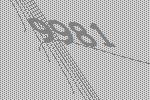
9981